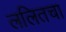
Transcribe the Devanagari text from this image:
ललितचा